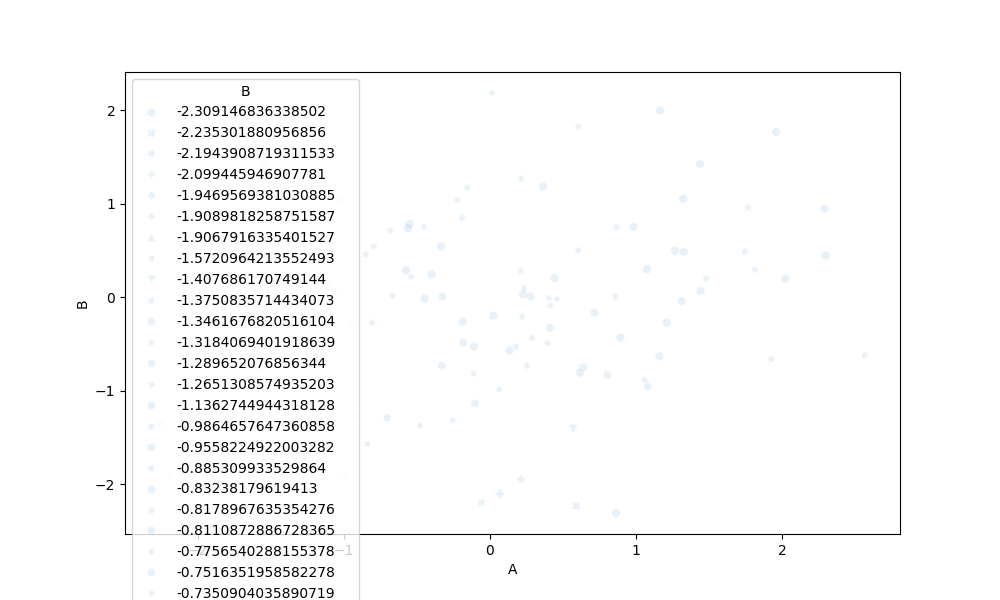
python, seaborn, scatterplot, hue='None', style='B', size='None', palette='muted', alpha=0.1